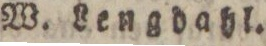
W. Lengdahl.